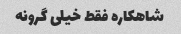
شاهکاره فقط خیلی گرونه